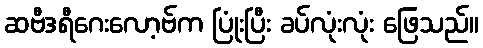
ဆဗီဒရီဂေးလော့ဗ်က ပြုံးပြီး ခပ်လုံးလုံး ဖြေသည်။